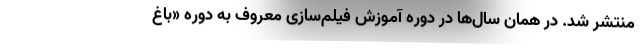
منتشر شد. در همان سال‌ها در دوره آموزش فیلم‌سازی معروف به دوره «باغ